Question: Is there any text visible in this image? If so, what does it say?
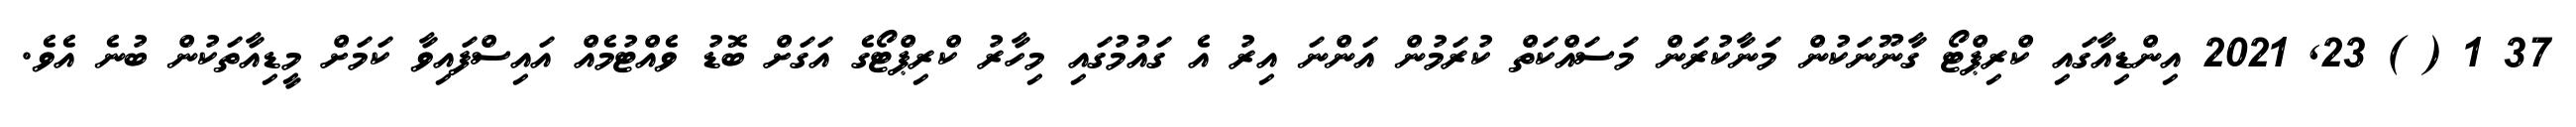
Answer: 37 1 ( ) 23, 2021 އިންޑިއާގައި ކްރިޕްޓޯ ގާނޫނަކުން މަނާކުރަން މަސައްކަތް ކުރަމުން އަންނަ އިރު އެ ގައުމުގައި މިހާރު ކްރިޕްޓޯގެ އަގަށް ބޮޑު ވެއްޓުމެއް އައިސްފައިވާ ކަމަށް މީޑިއާތަކުން ބުނެ އެވެ.